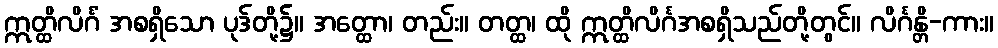
ဣတ္ထိလိင်္ဂံ အစရှိသော ပုဒ်တို့၌။ အတ္ထော၊ တည်း။ တတ္ထ၊ ထို ဣတ္ထိလိင်္ဂအစရှိသည်တို့တွင်။ လိင်္ဂန္တိ-ကား။